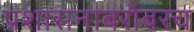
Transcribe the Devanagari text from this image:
प्रशासनाबरोबरच